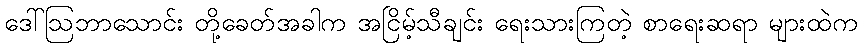
ဒေါ်ဩဘာသောင်း တို့ခေတ်အခါက အငြိမ့်သီချင်း ရေးသားကြတဲ့ စာရေးဆရာ များထဲက